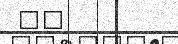
٦٤